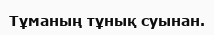
Тұманың тұнық суынан.